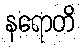
နရောတိ